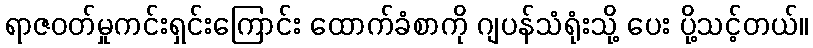
ရာဇဝတ်မှုကင်းရှင်းကြောင်း ထောက်ခံစာကို ဂျပန်သံရုံးသို့ ပေး ပို့သင့်တယ်။